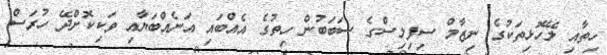
ހިތާއި ލޭހޮޅިތަކުގެ ނިޒާމް ސިފިލިސްގެ ސަބަބުން ހިތުގެ އެއްބައި އަނެއްބަޔާއި ވަކިކޮށްދޭ ހުރަސް